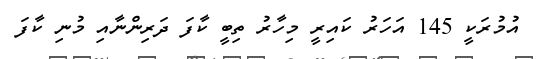
އުމުރަކީ 145 އަހަރު ކައިރީ މިހާރު ތިބީ ކާފަ ދަރިންނާއި މުނި ކާފަ